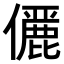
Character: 𠐚